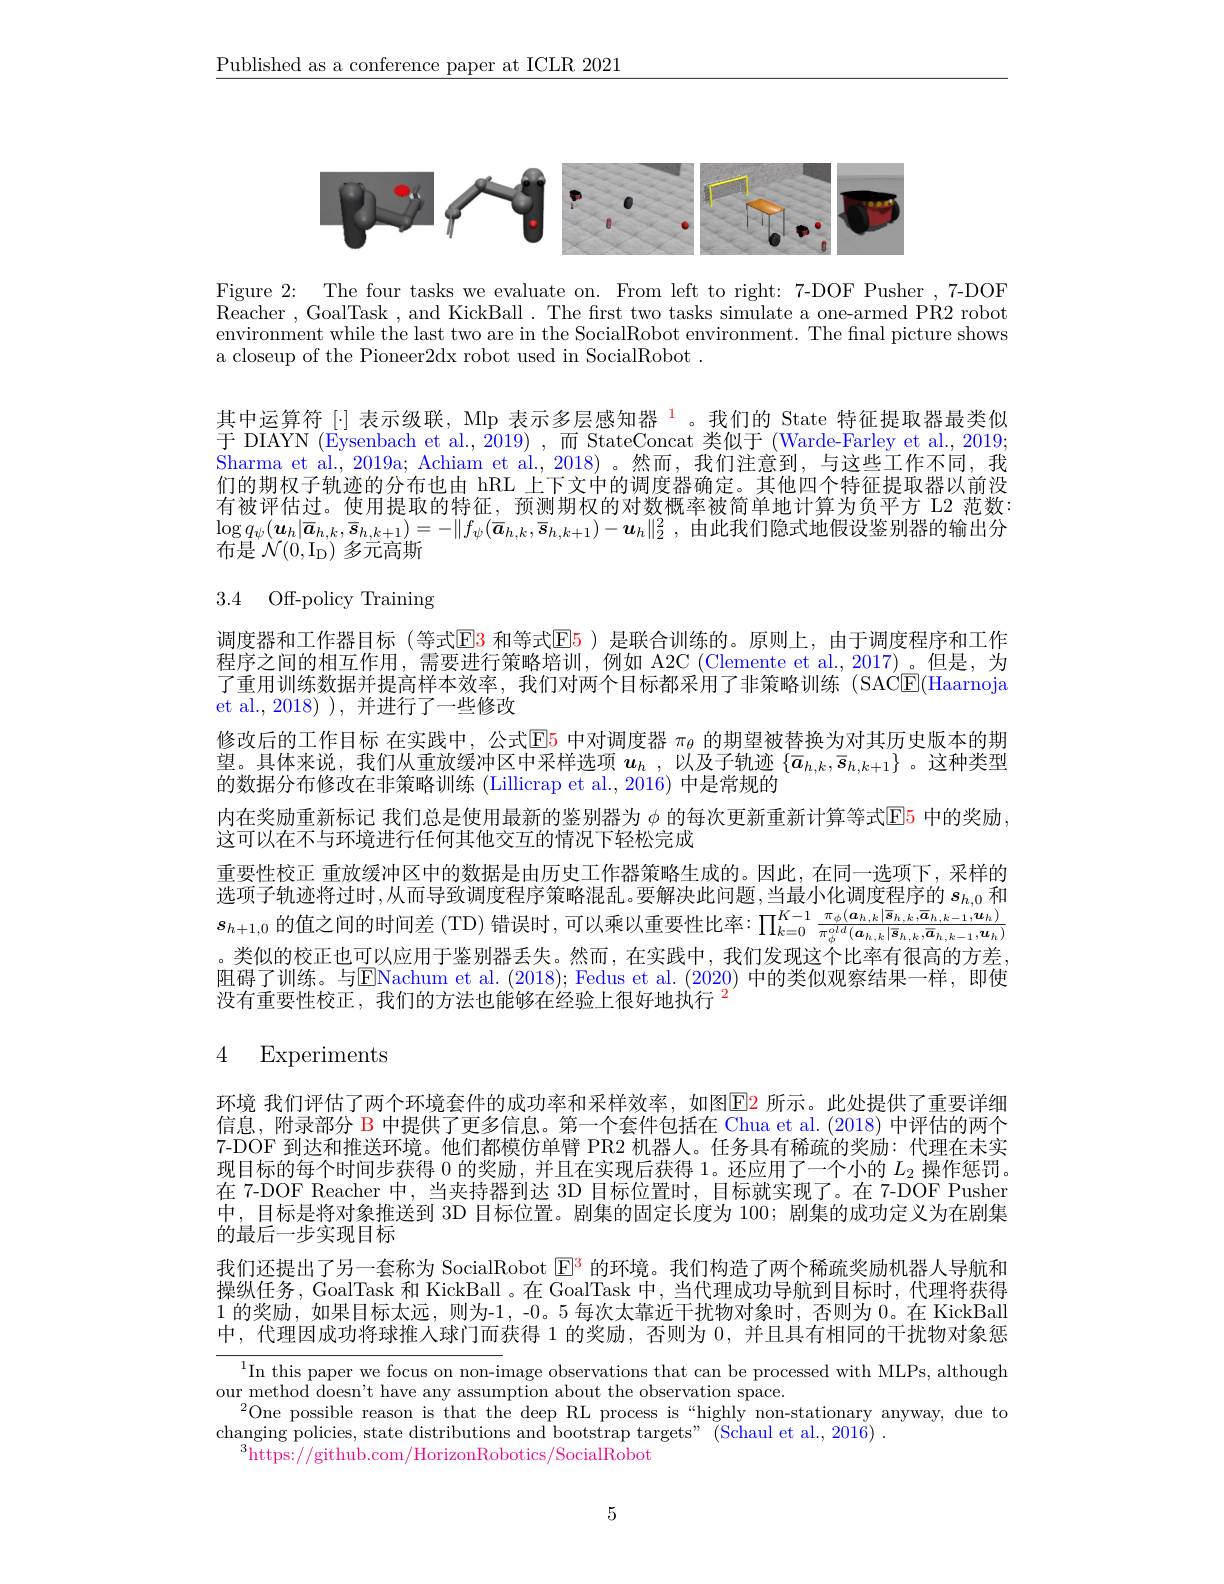
$\underline{\text{Published as a conference paper at ICLR 2021}}$

<FigureHere>

Figure 2: The four tasks we evaluate on. From left to right: 7-DOF Pusher ,7-DOF Reacher , GoalTask , and KickBall . The first two tasks simulate a one-armed PR2 robot environment while the last two are in the SocialRobot environment. The final picture shows a closeup of the Pioneer2dx robot used in SocialRobot

其中运算符[$\cdot] 表示级联，Mlp 表示多层感知器 ^1。我们的 State 特征提取器最类似$ 于 DIAYN (Eysenbach et al.,2019) ,而 StateConcat 类似于 (Warde-Farley et al., 2019; Sharma et al., 2019a; Achiam et al., 2018) 。然而，我们注意到，与这些工作不同，我们的期权子轨迹的分布也由 hRL 上下文中的调度器确定。其他四个特征提取器以前没有被评估过。使用提取的特征，预测期权的对数概率被简单地计算为负平方 L2 范数： $\log q_\psi ( \boldsymbol{u}_h| \overline {a}_{h, k}, \overline {s}_{h, k+ 1}) = - \| f_\psi ( \overline {a}_{h, k}, \overline {s}_{h, k+ 1}) - \boldsymbol{u}_h\| _2^2$ ,由此我们隐式地假设鉴别器的输出分布是$\mathcal{N} ( 0, I_D)$ 多元高斯

# 3.4 Off-policy Training

调度器和工作器目标(等式$\color{red}{\color{red}{E}}\color{blue}{\color{red}{E}}\color{red}{3}$ 和等式$\color{red}{\color{red}{E}}\color{red}{\boxed{E}}\color{red}{5}$)是联合训练的。原则上，由于调度程序和工作程序之间的相互作用，需要进行策略培训，例如 A2C (Clemente et al.,2017)。但是，为了重用训练数据并提高样本效率，我们对两个目标都采用了非策略训练(SAC$\overline{\mathbb{E}}($Haarnoja et al.,2018)),并进行了一些修改
修改后的工作目标 在实践中，公式$\color{red}{\mathrm{E}}\color{red}{\mathrm{E}}\color{red}{\mathrm{E}}\color{red}{\mathrm{E}}\color{red}{\mathrm{E}}\color{red}{\mathrm{E}}\color{red}{\mathrm{E}}\color{red}{\mathrm{E}}\color{red}{\mathrm{E}}\color{red}{\operatorname*{E}}\color{red}{\mathrm{E}}\color{red}{\mathrm{E}}\color{red}{\mathrm{E}}\color{red}{\mathrm{E}}\color{red}{\mathrm{E}}\color{red}{\mathrm{E}}\color{red}{\mathrm{E}}\color{red}{\mathrm{E}}\color{reed}{\mathrm{E}}\color{red}{\mathrm{E}}\color{red}{\mathrm{E}}\color{re}$ 望。具体来说，我们从重放缓冲区中采样选项$\boldsymbol u_h$ ,以及子轨迹$\{\bar{a}_{h,k},\bar{s}_{h,k+1}\}$ 。这种类型的数据分布修改在非策略训练 (Lillicrap et al., 2016) 中是常规的
内在奖励重新标记 我们总是使用最新的鉴别器为 $\phi$ 的每次更新重新计算等式$\color{red}{\boxed{\mathrm{E}}}\color{red}{\operatorname*{\operatorname*{E}}}\color{red}{\operatorname*{\operatorname*{E}}}\color{red}{\operatorname*{\operatorname*{\text{中的奖励，}}}}$
这可以在不与环境进行任何其他交互的情况下轻松完成
重要性校正 重放缓冲区中的数据是由历史工作器策略生成的。因此，在同一选项下，采样的选项子轨迹将过时 ,从而导致调度程序策略混乱。要解决此问题 ,当最小化调度程序的 $s_h,0$ 和$s_{h+1,0}$的值之间的时间差 (TD) 错误时，可以乘以重要性比率：$\prod_k=0^{K-1}\frac{\pi_\phi(\boldsymbol{a}_{h,k}|\boldsymbol{s}_{h,k},\boldsymbol{a}_{h,k-1},\boldsymbol{u}_{h,k})}{\pi_\phi^{old}(\boldsymbol{a}_{h,k}|\boldsymbol{s}_{h,k},\overline{\boldsymbol{a}}_{h,k-1},\boldsymbol{u}_{h})}$ 。类似的校正也可以应用于鉴别器丢失。然而，在实践中，我们发现这个比率有很高的方差。阻碍了训练。与ENachum et al. (2018); Fedus et al. (2020)中的类似观察结果一样，即使没有重要性校正，我们的方法也能够在经验上很好地执行$^{2}$

# 4 Experiments

环境 我们评估了两个环境套件的成功率和采样效率，如图$\color{red}{\color{red}{E}}\color{blue}{\color{red}{E}}$ 所示。此处提供了重要详细信息，附录部分 B 中提供了更多信息。第一个套件包括在 Chua et al. (2018) 中评估的两个7-DOF 到达和推送环境。他们都模仿单臂 PR2 机器人。任务具有稀疏的奖励：代理在未实现目标的每个时间步获得 0 的奖励，并且在实现后获得 1。还应用了一个小的$L_{2}$操作惩罚。在 7-DOF Reacher 中，当夹持器到达 3D 目标位置时，目标就实现了。在 7-DOF Pusher 中，目标是将对象推送到 3D 目标位置。剧集的固定长度为 100;剧集的成功定义为在剧集的最后一步实现目标
我们还提出了另一套称为 SocialRobot $\color{red}{\mathrm{E}^{3}}$的环境。我们构造了两个稀疏奖励机器人导航和操纵任务，GoalTask 和 KickBall 。在 GoalTask 中，当代理成功导航到目标时，代理将获得1的奖励，如果目标太远，则为-1 , -0。5 每次太靠近干扰物对象时，否则为0。在 KickBall 中，代理因成功将球推人球门而获得 1 的奖励，否则为0，并且具有相同的干扰物对象惩

$\frac{^1\text{In this paper we focus on non-i}}{\text{mage observations that can be processed with MLPs, although}}$
$\begin{array}{c}\text{our method doesn't have any assumption about the observation space.}\\\end{array}$
$^{2}$One possible reason is that the deep RL process is“highly non-stationary anyway, due to
changing policies, state distributions and bootstrap targets" (Schaul et al., 2016) .
$^3$https://github.com/HorizonRobotics/SocialRobot

5